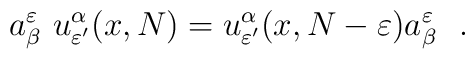
a^\varepsilon_\beta\ u^\alpha_{\varepsilon '} (x,N)=u^\alpha_{\varepsilon'}(x,N-\varepsilon )a^\varepsilon_\beta\ \ .